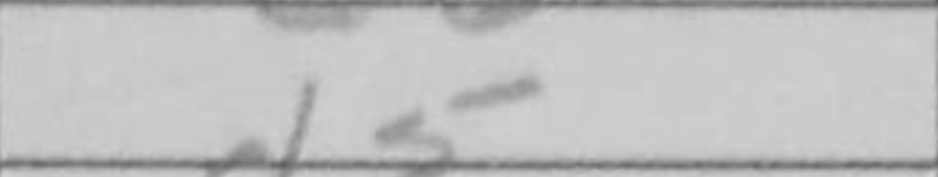
Transcription: d5